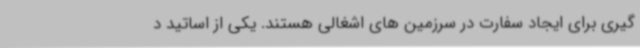
گیری برای ایجاد سفارت در سرزمین های اشغالی هستند. یکی از اساتید د